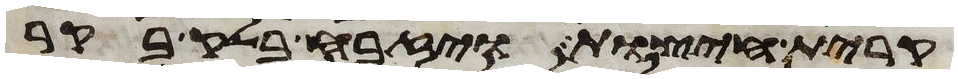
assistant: קרית חיצות ויזבח בלק בקר